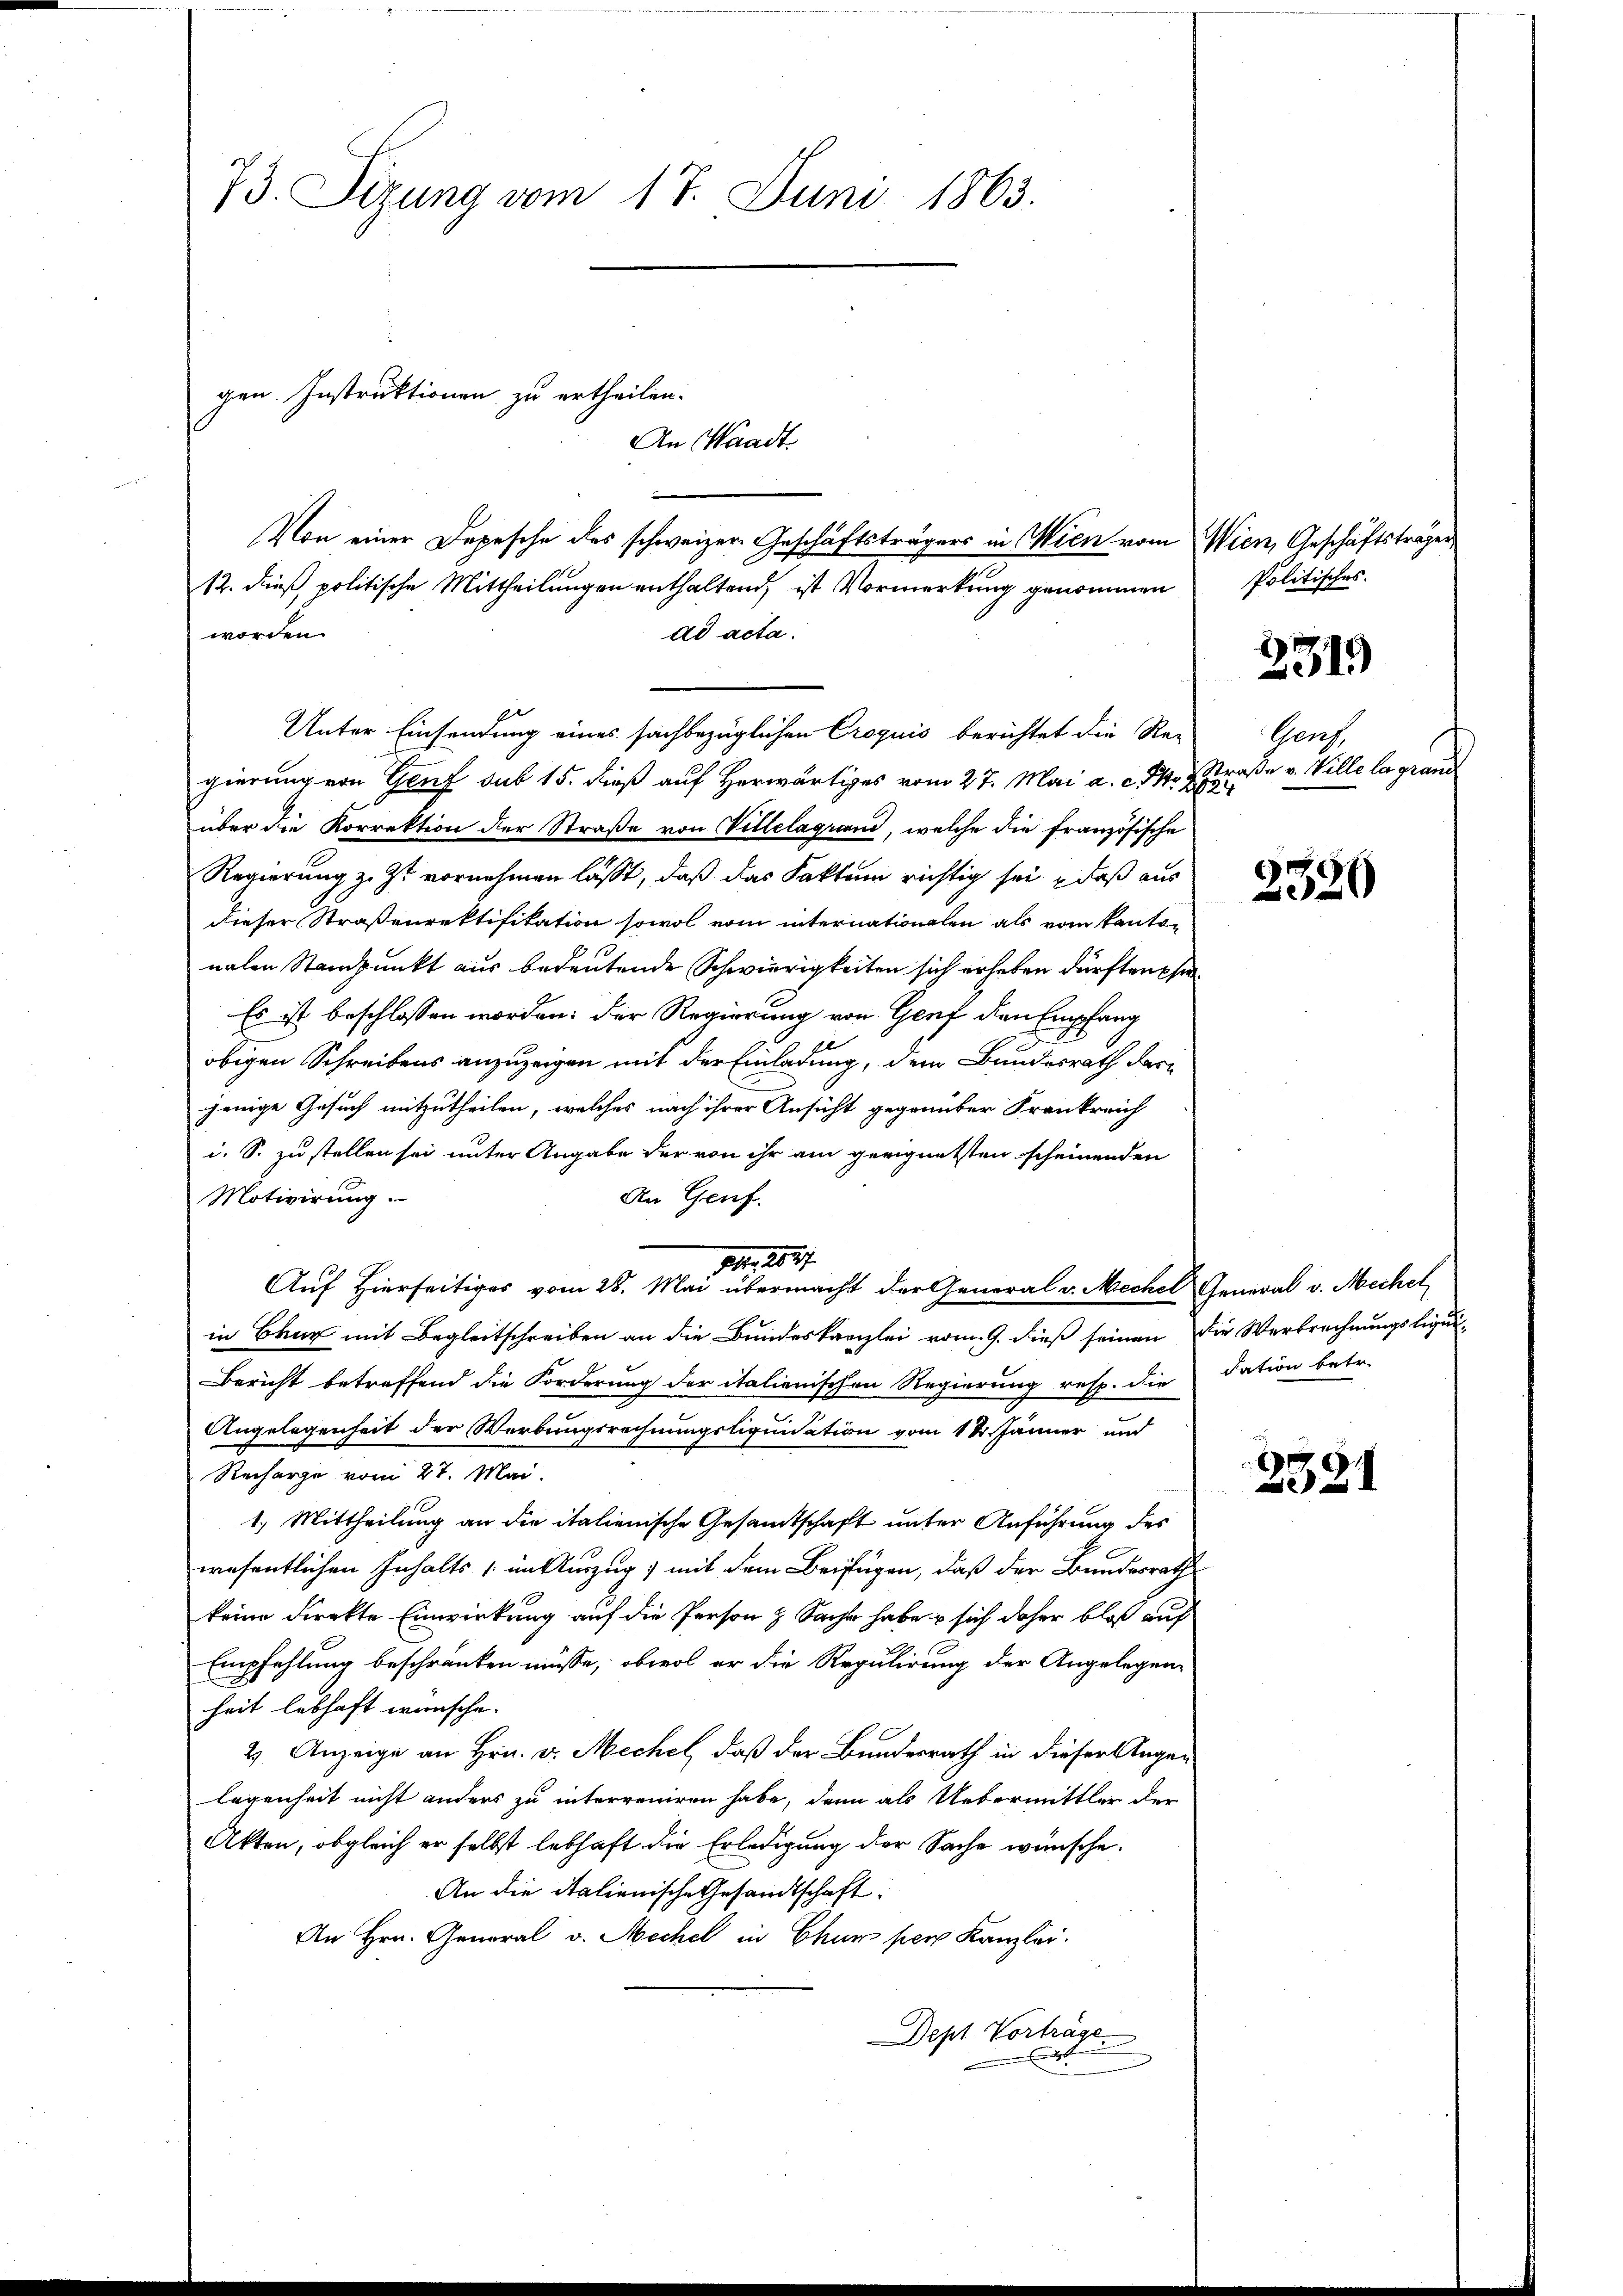
73. Sizung vom 17. Juni 1863.

gen. Instruktionen zu ertheilen.
Von einer Depesche des schweizer Geschäftsträgers in Wien vom
12. dieß politische Mittheilungen enthaltend, ist Vormerkung genommen

worden.
dd acta.
Unter Einsendung eines sachbezüglichen Croquis berichtet die Re-
gierung von Genf sub 15. dieß auf Herwärtiges vom 27. Mai a. c. d. 299
über die Korrektion der Straße von Villelagrand, welche die französische
Regierung z. Zt. vornehmen lasst, daß das Faktum richtig sei, daß aus
dieser Straßenrektifikation sowol vom internationalen als vom Kanton
nalen Standpunkt aus bedeutende Schwierigkeiten sich erheben dürften phi
Es ist beschlossen worden: der Regierung von Genf den Empfang
obigen Schreibens anzuzeigen mit der Einladung, dem Bundesrath darjenige Gesuch mitzutheilen, welches nach ihrer Ansicht gegenüber Frankreich
i. S. zu stellen sei unter Angabe der von ihr am geeignetsten scheinenden
An Genf.
Motivirung
M. 1827.
Auf Hierseitiges vom 28. Mai übermacht der General v. Mechel General v. Mechel
in Baur mit Begleitschreiben an die Bundeskanzlei vom 9. dieß seinen Die Verbrechnungsliqui-
Bericht betreffend die Forderung der italienischen Regierung resp. die
Angelegenheit der Werbungsrechnungsliquidation vom 12. Jänner und
Recharge vom 27. Mai.
1.) Mittheilung an die italienische Gesamtschaft unter Anführung des
wesentlichen Inhalts in Auszug, mit dem Beifügen, daß der Bundesrath
keine direkte Einwirkung auf die Person & Sache habe sich daher bloß auf
Empfehlung beschränken müsse, obwol er die Regulirung der Angelegen-
heit lebhaft wünsche.
2). Anzeige an Hrn. v. Mechel, daß der Bundesrath in dieser Augen
legenheit nicht anders zu interveniren habe, dann als Uebermittler der
Akten, obgleich er selbst lebhaft die Erledigung der Sache wünsche.
An die italienische Gesandtschaft.
An Hrn. General v. Mechel in Chur pers Kanzlei.
Dept Vorträge.

An Waadt

Wien, Geschäftsträger
Politisches.

2319

Genz.
Straße v. Ville la grand

2386

dation betr.

9
2